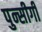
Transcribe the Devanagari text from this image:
पुन्सीगी